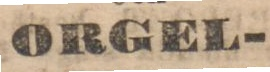
ORGEL-